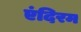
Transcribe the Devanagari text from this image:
एंदिरम